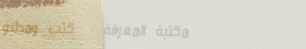
مكتبة المعرفة   كتب ومطبو